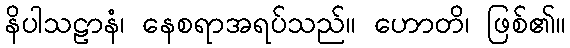
နိပါသဠာနံ၊ နေစရာအရပ်သည်။ ဟောတိ၊ ဖြစ်၏။